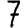
Digit: 7